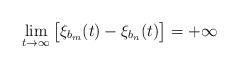
LaTeX: \begin{align*}\lim_{t\to\infty}\big[\xi_{b_m}(t)-\xi_{b_n}(t)\big]=+\infty\end{align*}